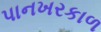
પાનખરકાળ